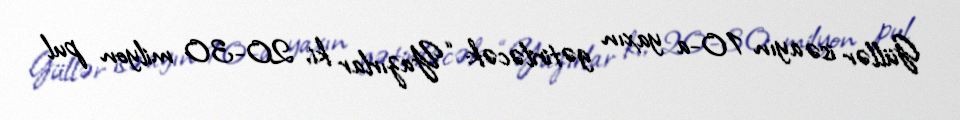
Güllər isə ayın 10-a yaxın gətiriləcək: “Yazırlar ki, 20-30 milyon pul